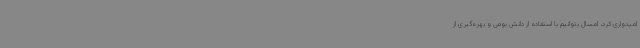
امیدواری کرد، امسال بتوانیم با استفاده از دانش بومی و بهره‌گیری از